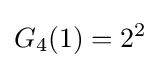
G_{4}(1)=2^{2}